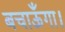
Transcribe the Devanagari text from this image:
बचाऊँगा।